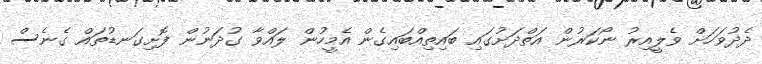
ދެދުވަހަށް ވެލީއިރު ނޯކަރުން އަތްދަށުގައި ބައިތިއްބައިގެން އެމީހުން ލައްވާ ގުދަނުން ފޮށިގަނޑުތައް ގެނެސް